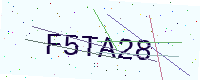
Text: F5TA28